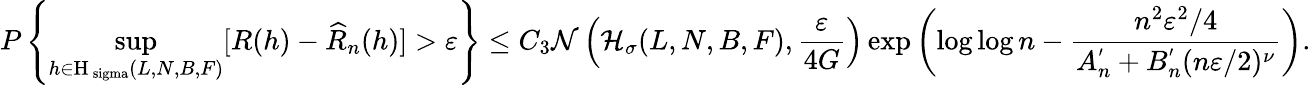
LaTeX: P\left\{ \underset{h\in\mathrm{H_{\ sigma}}(L,N,B,F)}{\operatorname*{sup}}[R(h)-\widehat{R}_{n}(h)]>\varepsilon\right\} \leq C_{3}\mathcal{N}\left(\mathcal{H}_{\sigma}(L,N,B,F),\frac{\varepsilon}{4G}\right)\exp\left(\log\log n-\frac{n^{2}\varepsilon^{2}/4}{A_{n}^{'}+B_{n}^{'}(n\varepsilon/2)^{\nu}}\right).